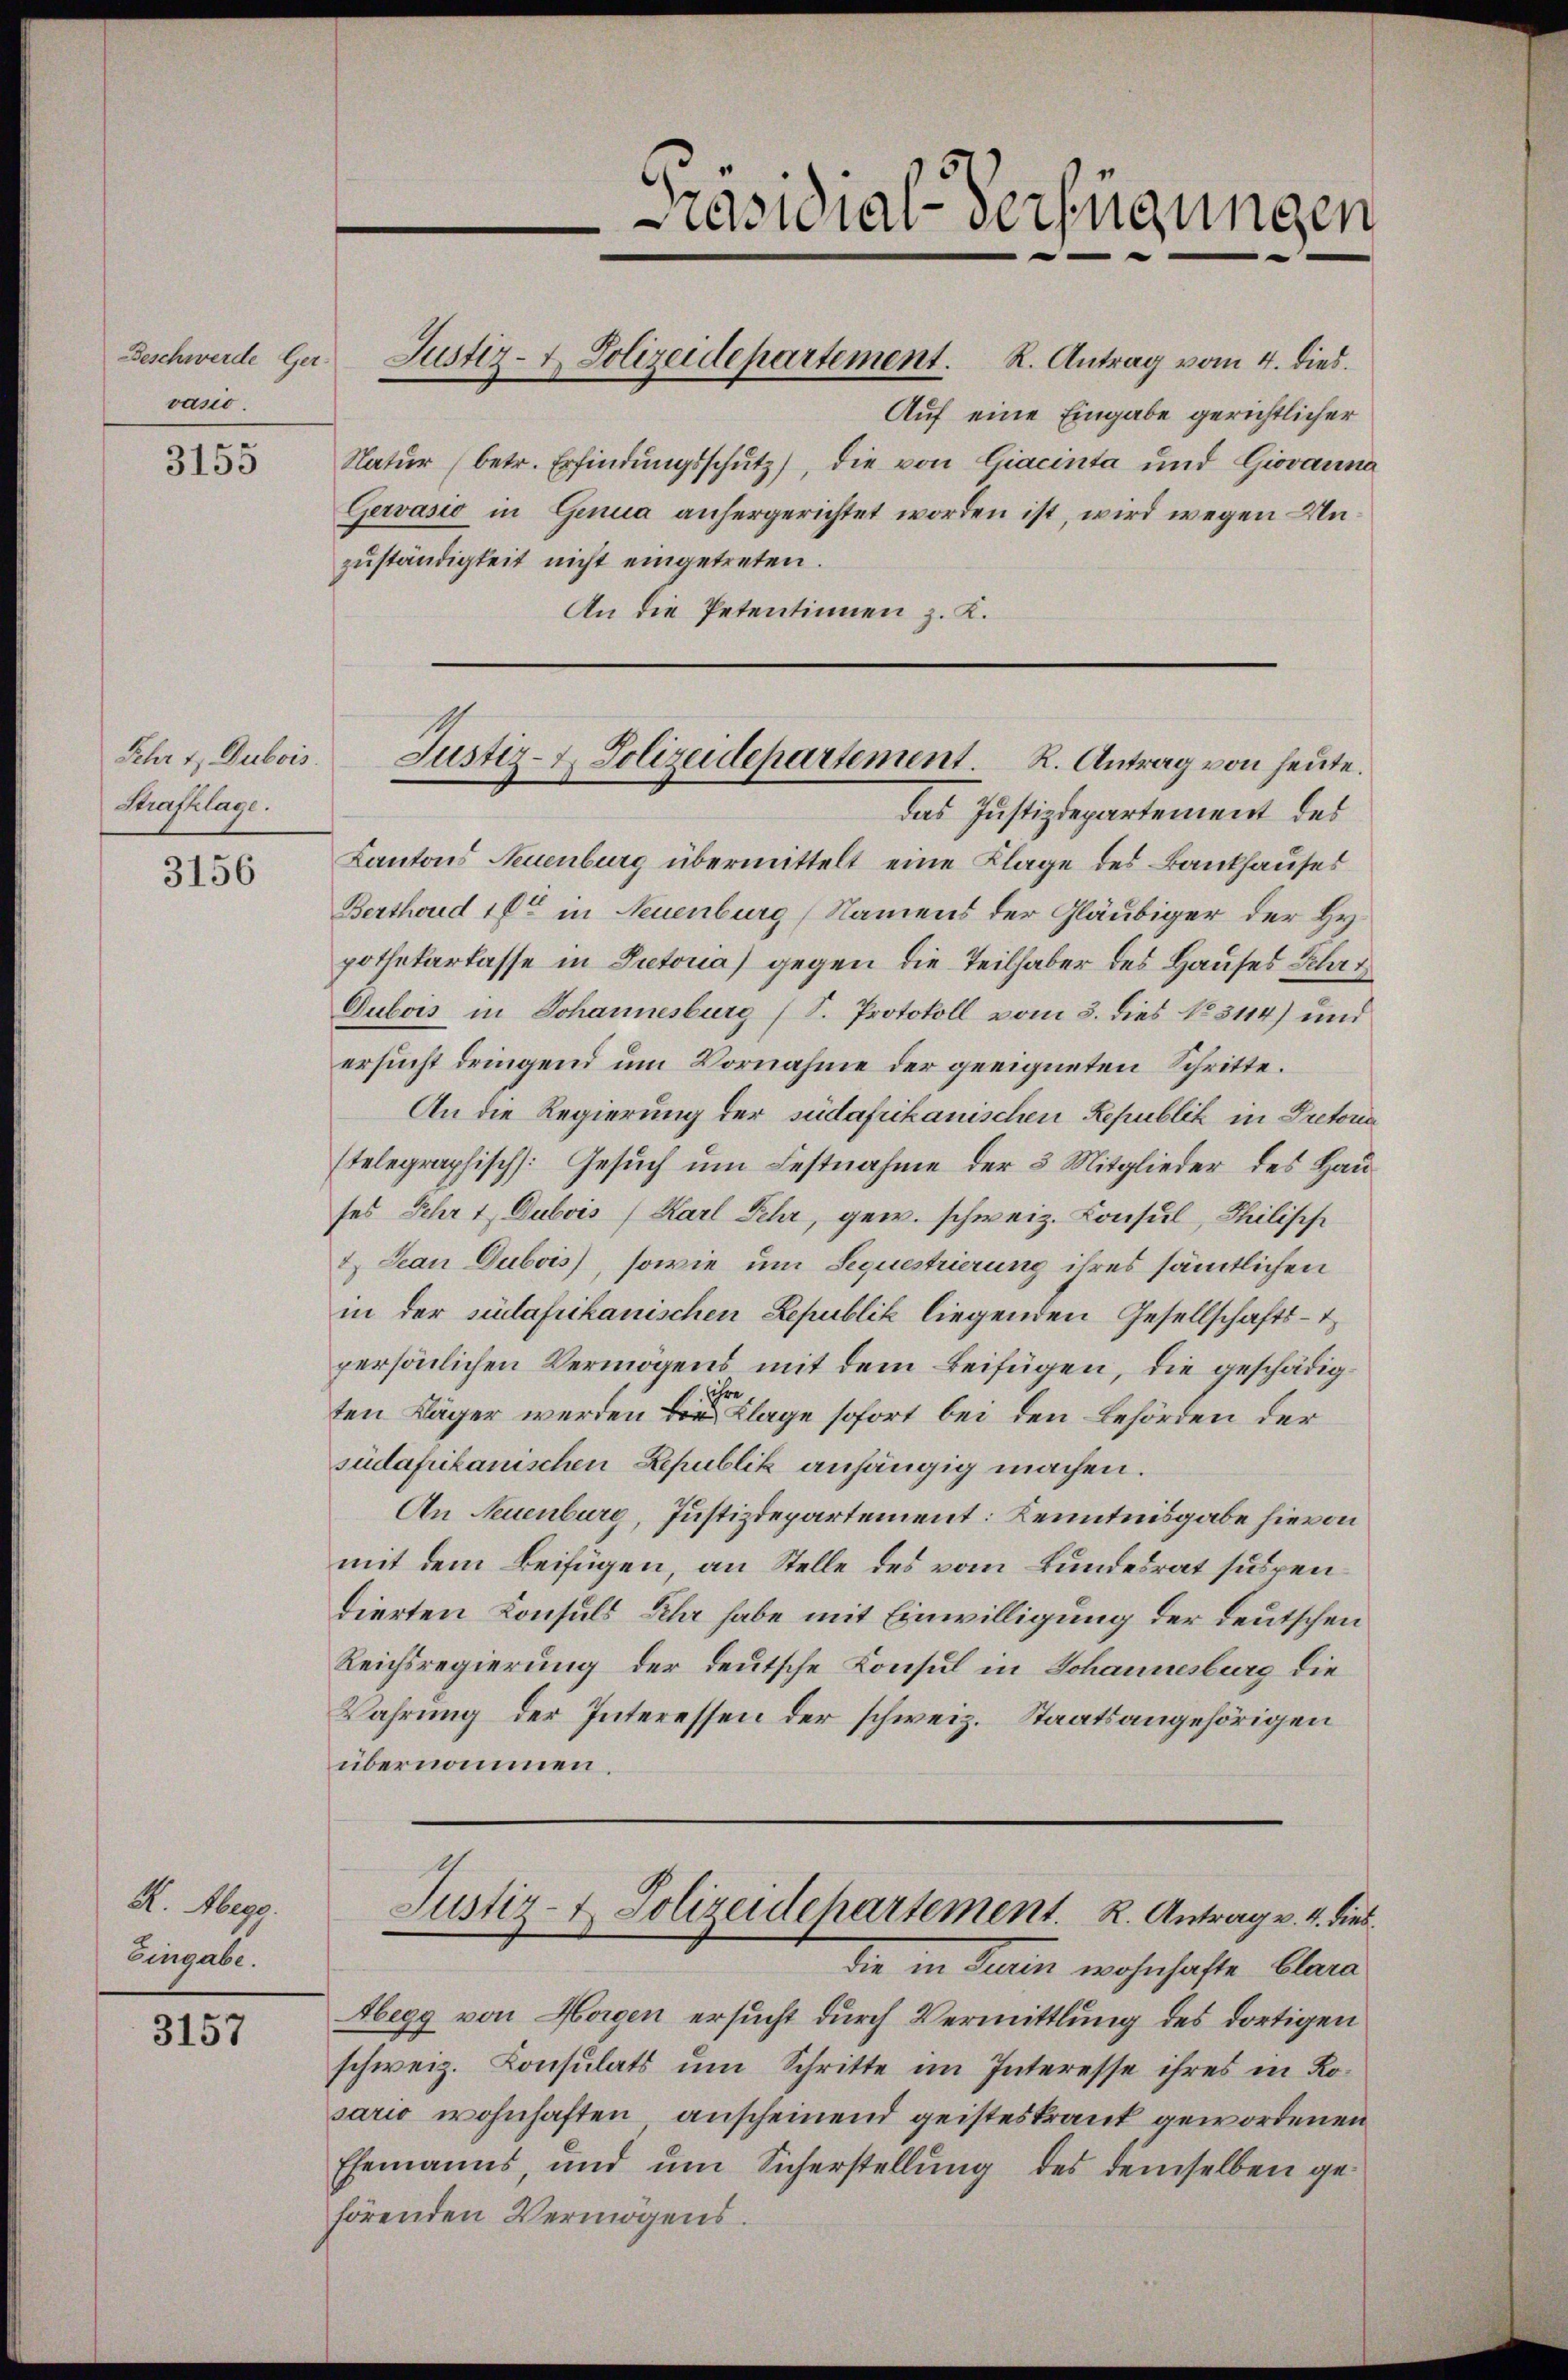
Beschwerde Ger.
vasio.

3155

Fehr u. Dubois
Strafklage.

3156

R. Abegg.
Eingabe.

3157

Justiz- & Polizeidepartement. R. Antrag vom 4. dies

Präsidial-Verfügungen

Justiz- & Polizeidepartement. R. Antrag von heute.

das Justizdepartement des
Kantons Neuenburg übermittelt eine Klage des Bankhauses
Berthoud 16ten in Neuenburg (Namens der Gläubiger der Hypothekarkasse in Putoria) gegen die Teilhaber des Hauses Schr
Dubois in Johannesburg (S. Protokoll vom 3. dies No. 3114) und
ersucht dringend um Vornahme der geeigneten Schritte.
An die Regierung der südafrikanischen Republik in Dretoria
stelegraphisch: Gesuch um Festnahme der 3 Mitglieder des Haus
ses Jahr 1 Dubois (Karl Sehr, gew. schweiz. Consul, Thilische
2) Jean Dubois), sowie um Sequestrierung ihres sämtlichen
in der südafrikanischen Lepublik liegenden Gesellschafts-T
persönlichen Vermögens mit dem Beifügen, die geschädigten Kläger werden Klage sofort bei den Behörden der
südafrikanischen Republik anhängig machen.
An Neuenburg, Justizdepartement: Kenntnisgabe hievon
mit dem Beifügen, an Stelle des vom Bundesrat suspendierten Konsuls Sehr habe mit Einwilligung der deutschen
Reichsregierung der deutsche Konsul in Johannesburg die
Wahrung der Interessen der schweiz. Staatsangehörigen
übernommen.

Auf eine Eingabe gerichtlicher
Natŭr (betr. Erfindŭngsschŭtz), die von Giacinta und Giovanna
Gervasio in Genua anhergerichtet worden ist, wird wegen Unzŭständigkeit nicht eingetreten.
An die Petentinnen z. K.

Justiz- & Polizeidepartement. R. Antrag v. 4. dies
die in denen wohnhafte Anna

Abegg von Horgen ersucht durch Vermittlung des dortigen
schweiz. Consulats um Schritte im Interesse ihres in Kosario wohnhaften anscheinend geisteskrank gewordenen
Ehemanns, und um Sicherstellung des demselben gehörenden Vermögens.